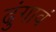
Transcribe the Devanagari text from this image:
ढुंगावं